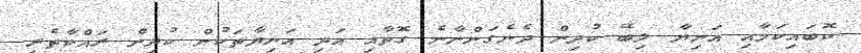
ކޮބައިކަމާއި އަނިޔާ ލިބޭ ކުދިން ދެނެގަންނާނެ ގޮތާއި އަދި އަނިޔާތަކުން ކުދިން ރައްކާތެރި